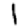
Digit: 1